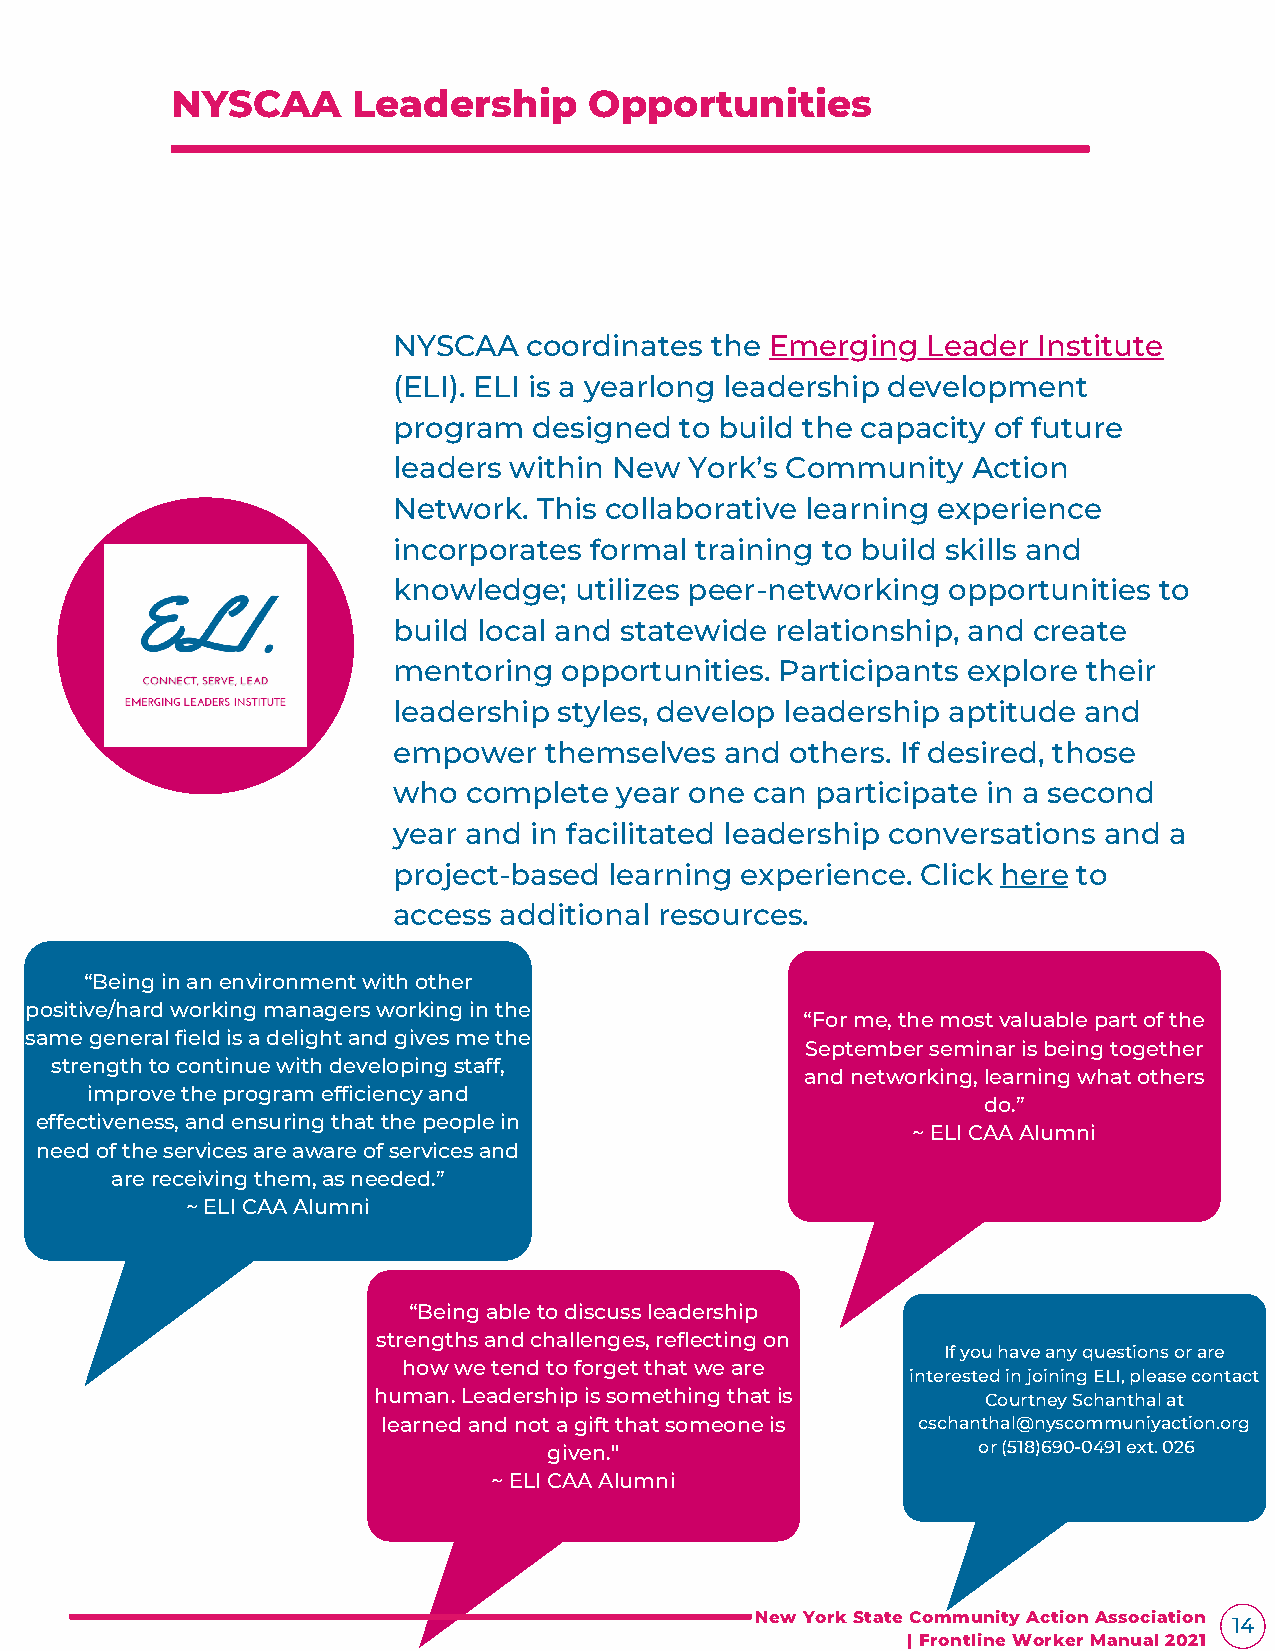
NYSCAA      Leadership      Opportunities
 NYSCAA   coordinates the Emerging  Leader  Institute
 (ELI). ELI is a yearlong leadership development
 program  designed  to build the capacity of future
 leaders within New  York’s Community  Action
 Network.  This collaborative learning experience
 incorporates formal training to build skills and
 knowledge;  utilizes peer-networking opportunities to
 build local and statewide relationship, and create
 mentoring  opportunities. Participants explore their
 leadership styles, develop leadership aptitude and
 empower   themselves  and others. If desired, those
 who  complete  year one can participate in a second
 year and in facilitated leadership conversations and a
 project-based learning experience. Click here to
 access additional resources.
 “Being in an environment with other
 positive/hard working managers working in the
 “For me, the most valuable part of the
 same general field is a delight and gives me the
 September seminar is being together
 strength to continue with developing staff,
 and networking, learning what others
 improve the program efficiency and
 do.”
 effectiveness, and ensuring that the people in
 ~ ELI CAA Alumni
 need of the services are aware of services and
 are receiving them, as needed.”
 ~ ELI CAA Alumni
 “Being able to discuss leadership
 strengths and challenges, reflecting on
 If you have any questions or are
 how we tend to forget that we are
 interested in joining ELI, please contact
 human. Leadership is something that is  Courtney Schanthal at
 learned and not a gift that someone is cschanthal@nyscommuniyaction.org
 given."                      or (518)690-0491 ext. 026
 ~ ELI CAA Alumni
 New York State Community Action Association 14
 | Frontline Worker Manual 2021